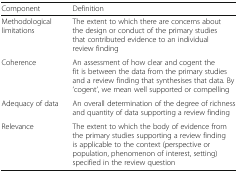
| Component | Definition |
 | --- | --- |
 | Methodological limitations | The extent to which there are concerns about the design or conduct of the primary studies that contributed evidence to an individual review finding |
 | Coherence | An assessment of how clear and cogent the fit is between the data from the primary studies and a review finding that synthesises that data. By ‘cogent’, we mean well supported or compelling |
 | Adequacy of data | An overall determination of the degree of richness and quantity of data supporting a review finding |
 | Relevance | The extent to which the body of evidence from the primary studies supporting a review finding is applicable to the context (perspective or population, phenomenon of interest, setting) specified in the review question |